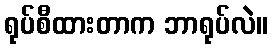
ရုပ်စီထားတာက ဘာရုပ်လဲ။